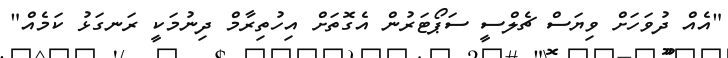
"އެއް ދުވަހަށް ވިޔަސް ޗެލްސީ ސަޕޯޓަރުން އެގޮތަށް އިހުތިރާމް ދިނުމަކީ ރަނގަޅު ކަމެއް"